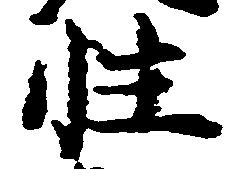
性